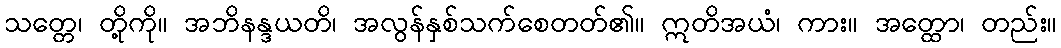
သတ္တေ၊ တို့ကို။ အဘိနန္ဒယတိ၊ အလွန်နှစ်သက်စေတတ်၏။ ဣတိအယံ၊ ကား။ အတ္ထော၊ တည်း။